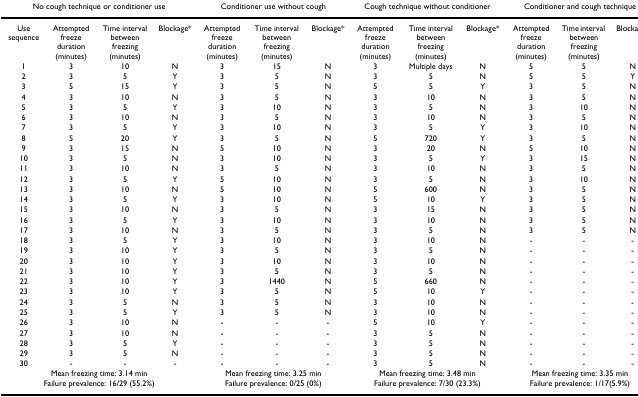
<table><thead><tr><td colspan="4"><b>No cough technique or conditioner use</b></td><td colspan="3"><b>Conditioner use without cough</b></td><td colspan="3"><b>Cough technique without conditioner</b></td><td colspan="3"><b>Conditioner and cough technique</b></td></tr></thead><tbody><tr><td>Use sequence</td><td>Attempted freeze duration (minutes)</td><td>Time interval between freezing (minutes)</td><td>Blockage*</td><td>Attempted freeze duration (minutes)</td><td>Time interval between freezing (minutes)</td><td>Blockage*</td><td>Attempted freeze duration (minutes)</td><td>Time interval between freezing (minutes)</td><td>Blockage*</td><td>Attempted freeze duration (minutes)</td><td>Time interval between freezing (minutes)</td><td>Blockage*</td></tr><tr><td>1</td><td>3</td><td>10</td><td>N</td><td>3</td><td>15</td><td>N</td><td>3</td><td>Multiple days</td><td>N</td><td>5</td><td>5</td><td>N</td></tr><tr><td>2</td><td>3</td><td>5</td><td>Y</td><td>3</td><td>5</td><td>N</td><td>3</td><td>5</td><td>N</td><td>5</td><td>5</td><td>Y</td></tr><tr><td>3</td><td>5</td><td>15</td><td>Y</td><td>3</td><td>5</td><td>N</td><td>5</td><td>5</td><td>Y</td><td>3</td><td>5</td><td>N</td></tr><tr><td>4</td><td>3</td><td>10</td><td>N</td><td>3</td><td>5</td><td>N</td><td>3</td><td>10</td><td>N</td><td>3</td><td>5</td><td>N</td></tr><tr><td>5</td><td>3</td><td>5</td><td>Y</td><td>3</td><td>10</td><td>N</td><td>3</td><td>5</td><td>N</td><td>3</td><td>10</td><td>N</td></tr><tr><td>6</td><td>3</td><td>10</td><td>N</td><td>3</td><td>5</td><td>N</td><td>3</td><td>10</td><td>N</td><td>3</td><td>5</td><td>N</td></tr><tr><td>7</td><td>3</td><td>5</td><td>Y</td><td>3</td><td>10</td><td>N</td><td>3</td><td>5</td><td>Y</td><td>3</td><td>10</td><td>N</td></tr><tr><td>8</td><td>5</td><td>20</td><td>Y</td><td>3</td><td>5</td><td>N</td><td>5</td><td>720</td><td>Y</td><td>3</td><td>5</td><td>N</td></tr><tr><td>9</td><td>3</td><td>15</td><td>N</td><td>5</td><td>10</td><td>N</td><td>3</td><td>20</td><td>N</td><td>5</td><td>10</td><td>N</td></tr><tr><td>10</td><td>3</td><td>5</td><td>N</td><td>3</td><td>10</td><td>N</td><td>3</td><td>5</td><td>Y</td><td>3</td><td>15</td><td>N</td></tr><tr><td>11</td><td>3</td><td>10</td><td>N</td><td>3</td><td>5</td><td>N</td><td>3</td><td>10</td><td>N</td><td>3</td><td>5</td><td>N</td></tr><tr><td>12</td><td>3</td><td>5</td><td>Y</td><td>5</td><td>10</td><td>N</td><td>3</td><td>5</td><td>N</td><td>3</td><td>10</td><td>N</td></tr><tr><td>13</td><td>3</td><td>10</td><td>N</td><td>5</td><td>10</td><td>N</td><td>5</td><td>600</td><td>N</td><td>3</td><td>5</td><td>N</td></tr><tr><td>14</td><td>3</td><td>5</td><td>Y</td><td>3</td><td>10</td><td>N</td><td>5</td><td>10</td><td>Y</td><td>3</td><td>5</td><td>N</td></tr><tr><td>15</td><td>3</td><td>10</td><td>N</td><td>3</td><td>5</td><td>N</td><td>3</td><td>15</td><td>N</td><td>3</td><td>5</td><td>N</td></tr><tr><td>16</td><td>3</td><td>5</td><td>Y</td><td>3</td><td>10</td><td>N</td><td>3</td><td>10</td><td>N</td><td>3</td><td>5</td><td>N</td></tr><tr><td>17</td><td>3</td><td>10</td><td>N</td><td>3</td><td>5</td><td>N</td><td>3</td><td>5</td><td>N</td><td>3</td><td>5</td><td>N</td></tr><tr><td>18</td><td>3</td><td>5</td><td>Y</td><td>3</td><td>10</td><td>N</td><td>3</td><td>10</td><td>N</td><td>-</td><td>-</td><td>-</td></tr><tr><td>19</td><td>3</td><td>10</td><td>Y</td><td>3</td><td>5</td><td>N</td><td>3</td><td>5</td><td>N</td><td>-</td><td>-</td><td>-</td></tr><tr><td>20</td><td>3</td><td>10</td><td>Y</td><td>3</td><td>10</td><td>N</td><td>3</td><td>10</td><td>N</td><td>-</td><td>-</td><td>-</td></tr><tr><td>21</td><td>3</td><td>10</td><td>Y</td><td>3</td><td>5</td><td>N</td><td>3</td><td>5</td><td>N</td><td>-</td><td>-</td><td>-</td></tr><tr><td>22</td><td>3</td><td>10</td><td>Y</td><td>3</td><td>1440</td><td>N</td><td>5</td><td>660</td><td>N</td><td>-</td><td>-</td><td>-</td></tr><tr><td>23</td><td>3</td><td>10</td><td>Y</td><td>3</td><td>5</td><td>N</td><td>5</td><td>10</td><td>Y</td><td>-</td><td>-</td><td>-</td></tr><tr><td>24</td><td>3</td><td>5</td><td>N</td><td>3</td><td>5</td><td>N</td><td>3</td><td>10</td><td>N</td><td>-</td><td>-</td><td>-</td></tr><tr><td>25</td><td>3</td><td>5</td><td>Y</td><td>3</td><td>5</td><td>N</td><td>3</td><td>10</td><td>N</td><td>-</td><td>-</td><td>-</td></tr><tr><td>26</td><td>3</td><td>10</td><td>N</td><td>-</td><td>-</td><td>-</td><td>5</td><td>10</td><td>Y</td><td>-</td><td>-</td><td>-</td></tr><tr><td>27</td><td>3</td><td>10</td><td>N</td><td>-</td><td>-</td><td>-</td><td>3</td><td>5</td><td>N</td><td>-</td><td>-</td><td>-</td></tr><tr><td>28</td><td>3</td><td>5</td><td>Y</td><td>-</td><td>-</td><td>-</td><td>3</td><td>5</td><td>N</td><td>-</td><td>-</td><td>-</td></tr><tr><td>29</td><td>3</td><td>5</td><td>N</td><td>-</td><td>-</td><td>-</td><td>3</td><td>5</td><td>N</td><td>-</td><td>-</td><td>-</td></tr><tr><td>30</td><td>-</td><td>-</td><td>-</td><td>-</td><td>-</td><td>-</td><td>3</td><td>5</td><td>N</td><td>-</td><td>-</td><td>-</td></tr><tr><td colspan="4">Mean freezing time: 3.14 minFailure prevalence: 16/29 (55.2%)</td><td colspan="3">Mean freezing time: 3.25 minFailure prevalence: 0/25 (0%)</td><td colspan="3">Mean freezing time: 3.48 minFailure prevalence: 7/30 (23.3%)</td><td colspan="3">Mean freezing time: 3.35 minFailure prevalence: 1/17(5.9%)</td></tr></tbody></table>